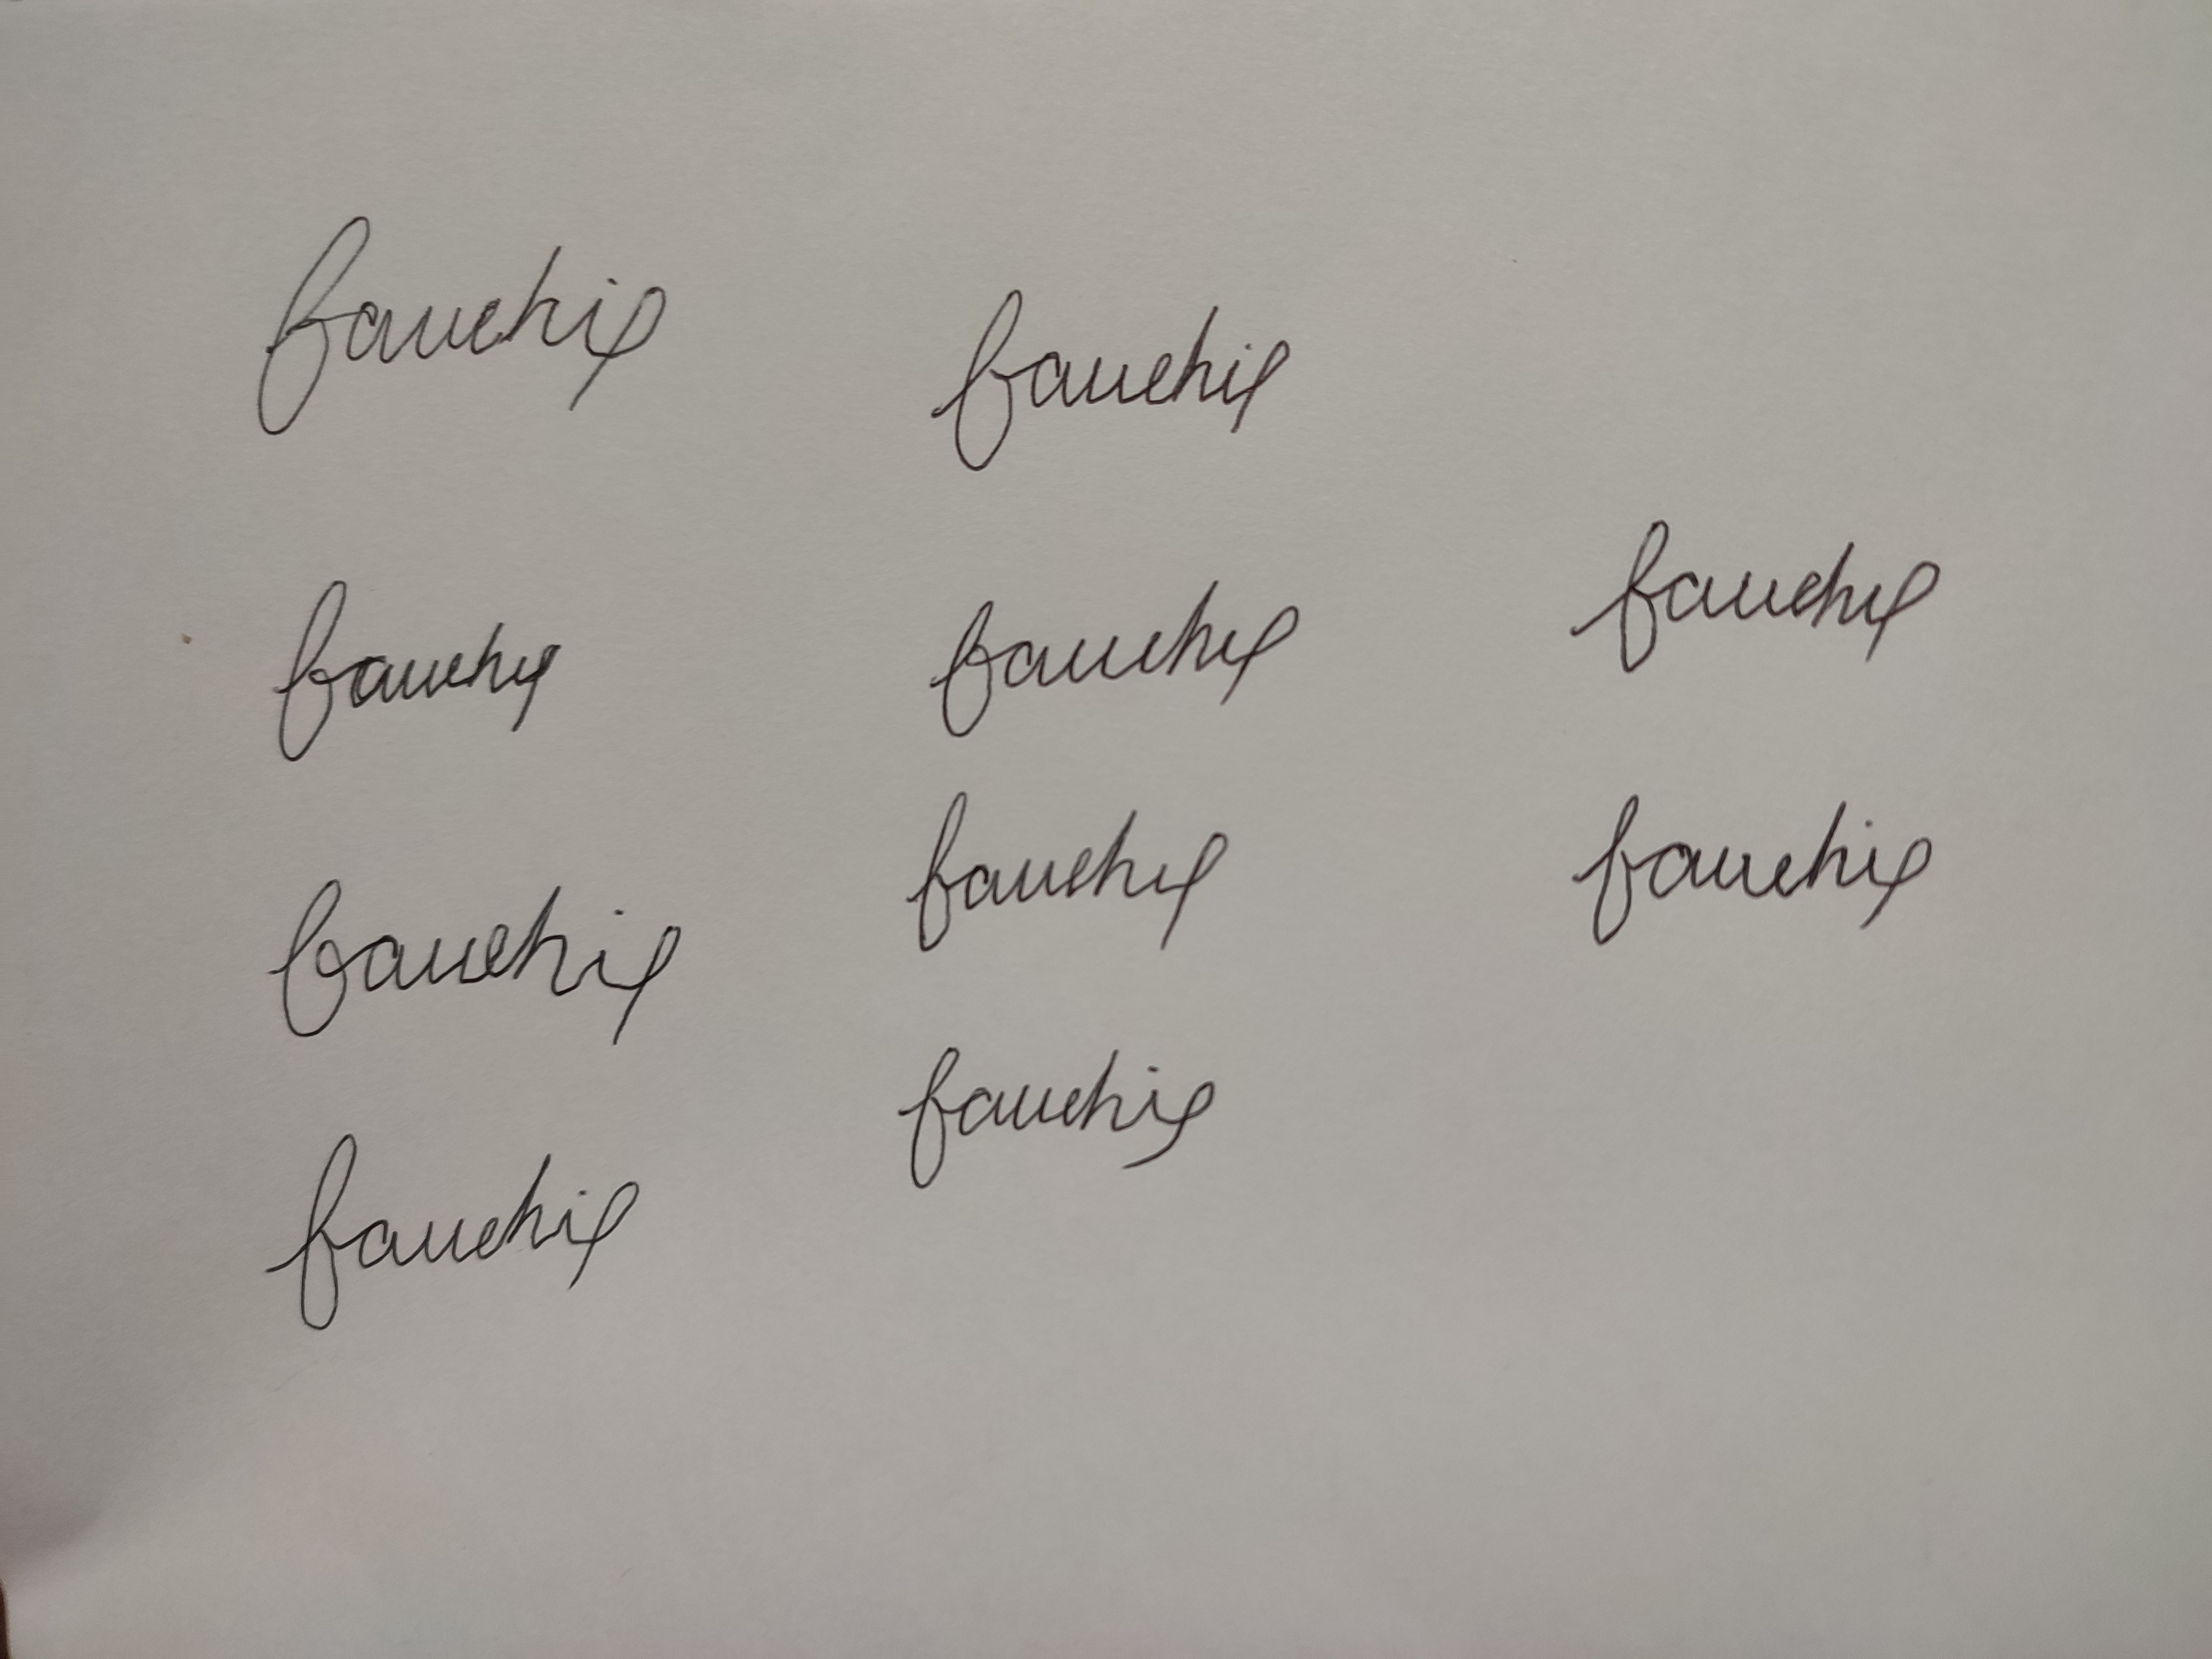
Signature authenticity: forged